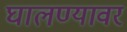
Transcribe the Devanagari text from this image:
घालण्यावर